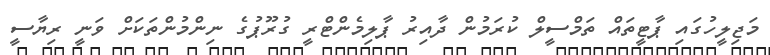
މަޖިލީހުގައި ޕާޓީތައް ތަމްސީލް ކުރަމުން ދާއިރު ޕާލިމެންޓްރީ ގުރޫޕުގެ ނިންމުންތަކަށް ވަނީ ރިޔާސީ